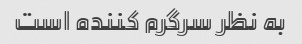
به نظر سرگرم کننده است